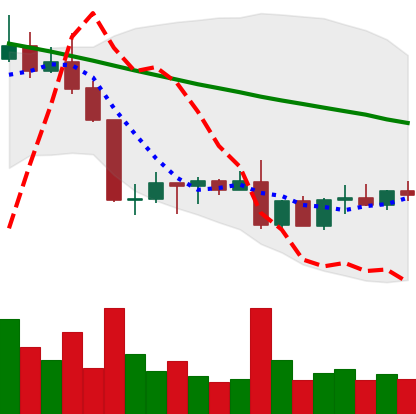
Ticker: ADA-USD
Chart end date: 2022-09-02
Forward return: 5.439%
Label: up_5_7